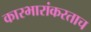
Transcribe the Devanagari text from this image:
कारभारांकरताच